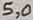
Text: 5,0